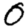
Digit: 0